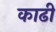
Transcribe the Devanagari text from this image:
काढी